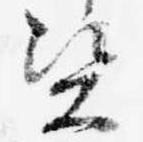
資